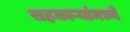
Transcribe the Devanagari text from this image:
सहकाऱ्यांमध्ये